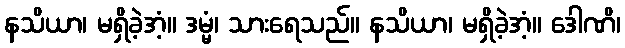
နသိယာ၊ မရှိခဲ့အံ့။ ဒမ္မံ၊ သားရေသည်။ နသိယာ၊ မရှိခဲ့အံ့။ ဒေါဏိ၊